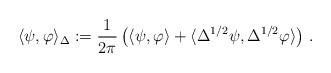
LaTeX: \begin{align*} \langle\psi,\varphi\rangle_\Delta := \frac{1}{2\pi}\left(\langle\psi,\varphi\rangle+\langle \Delta^{1/2}\psi,\Delta^{1/2}\varphi\rangle\right) \,.\end{align*}